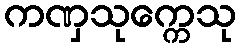
ကဏှသုက္ကေသု